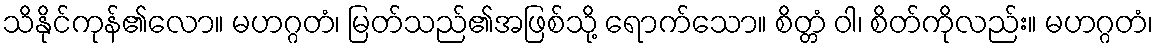
သိနိုင်ကုန်၏လော။ မဟဂ္ဂတံ၊ မြတ်သည်၏အဖြစ်သို့ ရောက်သော။ စိတ္တံ ဝါ၊ စိတ်ကိုလည်း။ မဟဂ္ဂတံ၊